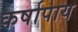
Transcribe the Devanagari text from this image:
कर्षापाय